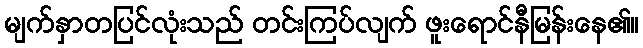
မျက်နှာတပြင်လုံးသည် တင်းကြပ်လျက် ဖူးရောင်နီမြန်းနေ၏။